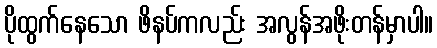
ပိုထွက်နေသော ဖိနပ်ကလည်း အလွန်အဖိုးတန်မှာပါ။